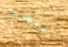
الإنقراض